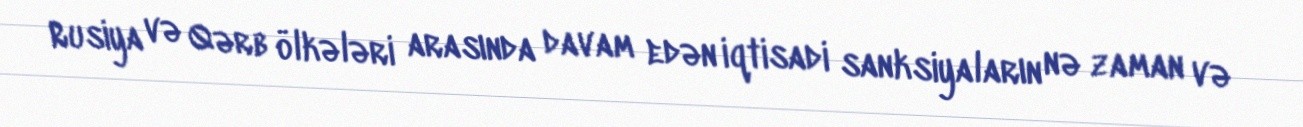
Rusiya və Qərb ölkələri arasında davam edən iqtisadi sanksiyaların nə zaman və